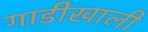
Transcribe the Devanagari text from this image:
गाडीखाली